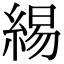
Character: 緆